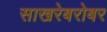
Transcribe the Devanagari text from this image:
साखरेबरोबर